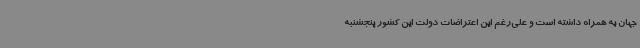
جهان به همراه داشته است و علی‌رغم این اعتراضات دولت این کشور پنجشنبه